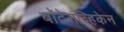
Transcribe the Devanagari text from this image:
बॉटेनव्हिकेन